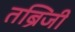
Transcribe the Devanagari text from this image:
तब्रिजी